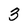
Character: 3